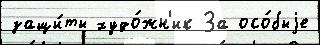
защи́ты худо́жн'ик За осо́быjе